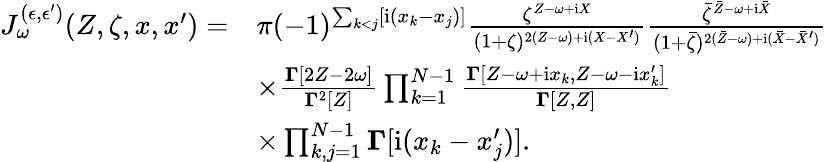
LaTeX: \begin{array}{rl}{J_{\omega}^{(\epsilon,\epsilon^{\prime})}(Z,\zeta,x,x^{\prime})=}&{\pi(-1)^{\sum_{k<j}[\mathrm{i}(x_{k}-x_{j})]}\frac{\zeta^{Z-\omega+\mathrm{i}X}}{(1+\zeta)^{2(Z-\omega)+\mathrm{i}(X-X^{\prime})}}\frac{\bar{\zeta}^{\bar{Z}-\omega+\mathrm{i}\bar{X}}}{(1+\bar{\zeta})^{2(\bar{Z}-\omega)+\mathrm{i}(\bar{X}-\bar{X}^{\prime})}}}\\ &{\times\frac{\boldsymbol\Gamma[2Z-2\omega]}{\boldsymbol\Gamma^{2}[Z]}\prod_{k=1}^{N-1}\frac{\boldsymbol\Gamma\left[Z-\omega+\mathrm{i}x_{k},Z-\omega-\mathrm{i}x_{k}^{\prime}\right]}{{\boldsymbol\Gamma[Z,Z]}}}\\ &{\times\prod_{k,j=1}^{N-1}\boldsymbol\Gamma[\mathrm{i}(x_{k}-x_{j}^{\prime})].}\end{array}